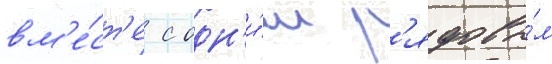
вм'е́ст'е с одн'и́м р'ядовы́м